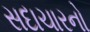
સદાચારનો